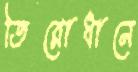
তিরোধানে